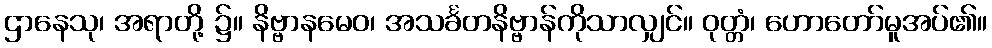
ဌာနေသု၊ အရာတို့ ၌။ နိဗ္ဗာနမေဝ၊ အသင်္ခတနိဗ္ဗာန်ကိုသာလျှင်။ ဝုတ္တံ၊ ဟောတော်မူအပ်၏။